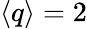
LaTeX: \langle q\rangle=2